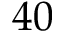
4 0